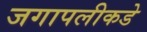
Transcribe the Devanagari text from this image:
जगापलीकडे